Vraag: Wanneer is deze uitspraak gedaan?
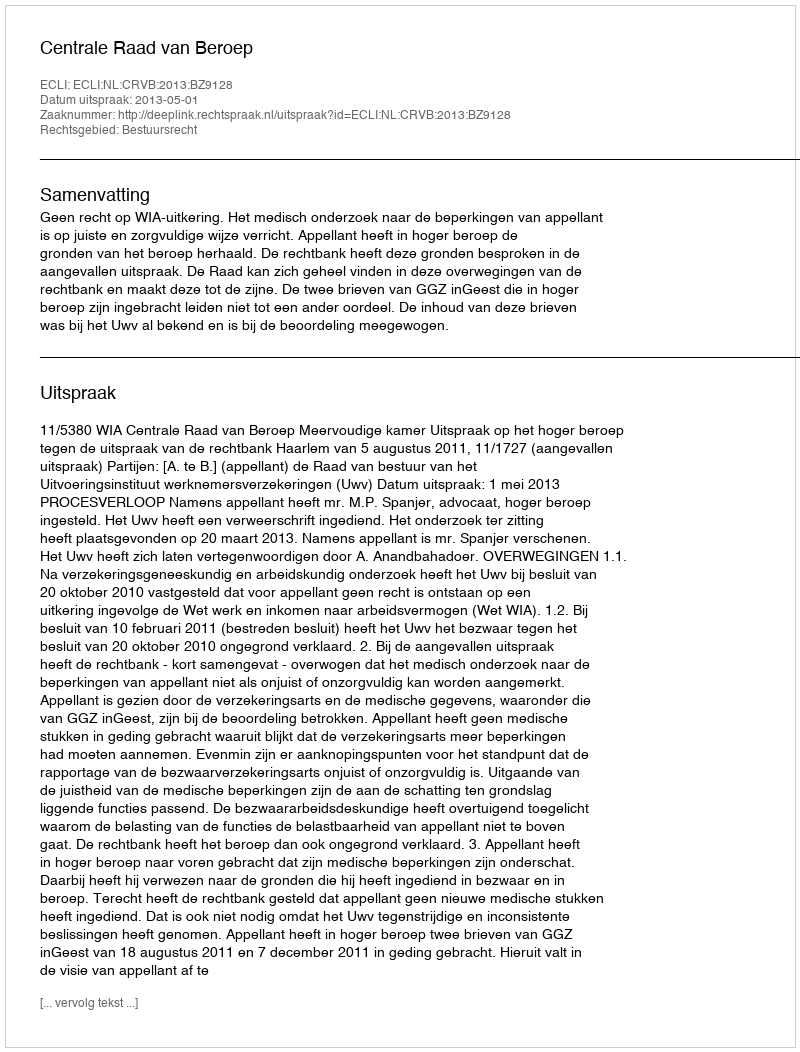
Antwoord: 2013-05-01